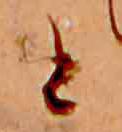
と